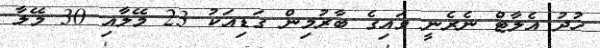
ހުދު އެލާޓް ނެރެނީ ވައިގެ ބާރުމިން ގަޑިއަކު 23 މޭލާއި 30 މޭލާ